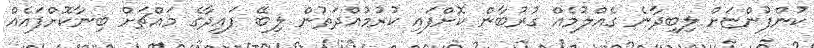
ކުންފުންޏަށް ލިބިދާނެ ގެއްލުމެއް ގުރުބާން ކޮށްފައި ކުރުމުއްދަތުން ލިބޭ ފައިދާގެ މަައްޗަށް ބިނާކޮށްފައެއް